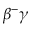
\beta ^ { - } \gamma